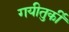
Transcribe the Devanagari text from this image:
गयीतुर्की